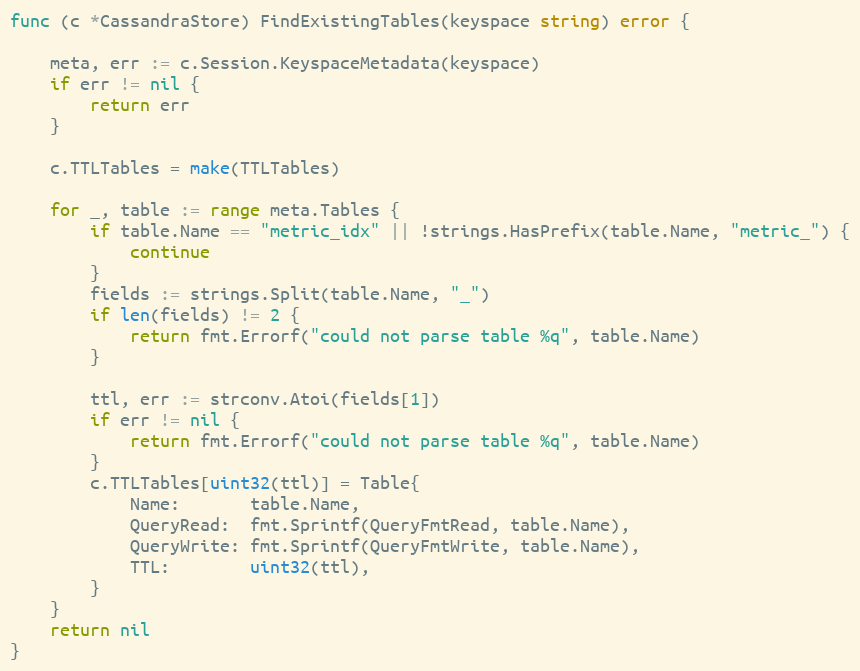
Language: Go
func (c *CassandraStore) FindExistingTables(keyspace string) error {

	meta, err := c.Session.KeyspaceMetadata(keyspace)
	if err != nil {
		return err
	}

	c.TTLTables = make(TTLTables)

	for _, table := range meta.Tables {
		if table.Name == "metric_idx" || !strings.HasPrefix(table.Name, "metric_") {
			continue
		}
		fields := strings.Split(table.Name, "_")
		if len(fields) != 2 {
			return fmt.Errorf("could not parse table %q", table.Name)
		}

		ttl, err := strconv.Atoi(fields[1])
		if err != nil {
			return fmt.Errorf("could not parse table %q", table.Name)
		}
		c.TTLTables[uint32(ttl)] = Table{
			Name:       table.Name,
			QueryRead:  fmt.Sprintf(QueryFmtRead, table.Name),
			QueryWrite: fmt.Sprintf(QueryFmtWrite, table.Name),
			TTL:        uint32(ttl),
		}
	}
	return nil
}